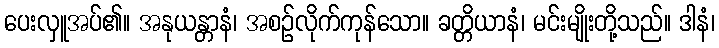
ပေးလှူအပ်၏။ အနုယန္တာနံ၊ အစဉ်လိုက်ကုန်သော။ ခတ္တိယာနံ၊ မင်းမျိုးတို့သည်။ ဒါနံ၊